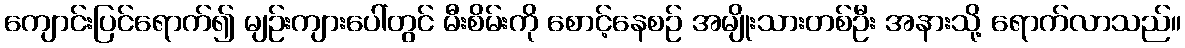
ကျောင်းပြင်ရောက်၍ မျဉ်းကျားပေါ်တွင် မီးစိမ်းကို စောင့်နေစဉ် အမျိုးသားတစ်ဦး အနားသို့ ရောက်လာသည်။